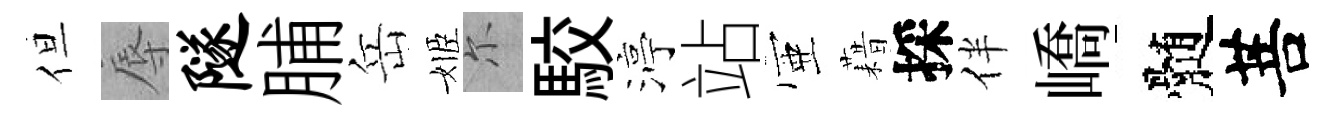
但辱隧脯岳姬尓駮渟站壺藉採伴嶠髄菩